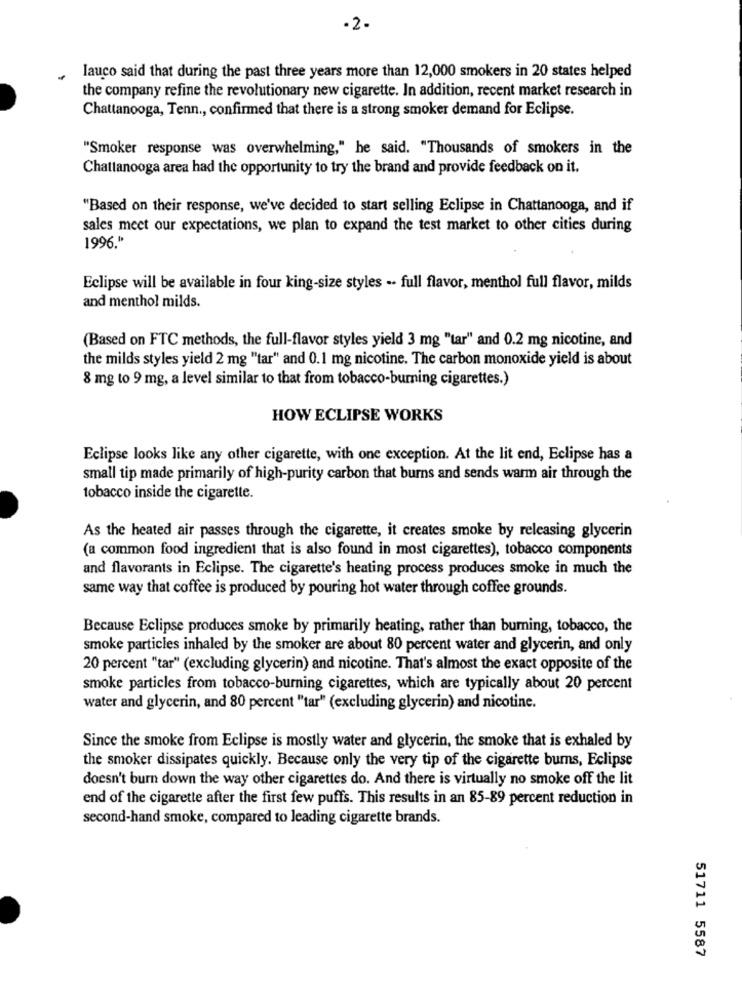
-2.
lauco said that during the past three years more than 12,000 smokers in 20 states helped
the company refine the revolutionary new cigarette. In addition, recent market research in
Chattanooga, Tenn ., confirmed that there is a strong smoker demand for Eclipse.
"Smoker response was overwhelming," he said. "Thousands of smokers in the
Chattanooga area had the opportunity to try the brand and provide feedback on it.
"Based on their response, we've decided to start selling Eclipse in Chattanooga, and if
sales meet our expectations, we plan to expand the test market to other cities during
1996."
Eclipse will be available in four king-size styles .. full flavor, menthol full flavor, milds
and menthol milds.
(Based on FTC methods, the full-flavor styles yield 3 mg "tar" and 0.2 mg nicotine, and
the milds styles yield 2 mg ""tar" and 0.1 mg nicotine. The carbon monoxide yield is about
8 mg to 9 mg, a level similar to that from tobacco-burning cigarettes.)
HOW ECLIPSE WORKS
Eclipse looks like any other cigarette, with one exception. At the lit end, Eclipse has a
small tip made primarily of high-purity carbon that burns and sends warm air through the
tobacco inside the cigarette.
As the heated air passes through the cigarette, it creates smoke by releasing glycerin
(a common food ingredient that is also found in most cigarettes), tobacco components
and flavorants in Eclipse. The cigarette's heating process produces smoke in much the
same way that coffee is produced by pouring hot water through coffee grounds.
Because Eclipse produces smoke by primarily heating, rather than burning, tobacco, the
smoke particles inhaled by the smoker are about 80 percent water and glycerin, and only
20 percent "tar" (excluding glycerin) and nicotine. That's almost the exact opposite of the
smoke particles from tobacco-burning cigarettes, which are typically about 20 percent
water and glycerin, and 80 percent "tar" (excluding glycerin) and nicotine.
Since the smoke from Eclipse is mostly water and glycerin, the smoke that is exhaled by
the smoker dissipates quickly. Because only the very tip of the cigarette burns, Eclipse
doesn't burn down the way other cigarettes do. And there is virtually no smoke off the lit
end of the cigarette after the first few puffs. This results in an 85-89 percent reduction in
second-hand smoke, compared to leading cigarette brands.
51711 5587